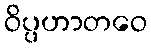
ဝိပ္ပဟာတဝေ